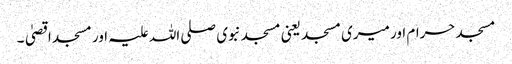
مسجد حرام اور میری مسجد یعنی مسجد نبوی صلی اللہ علیہ اور مسجد اقصیٰ۔